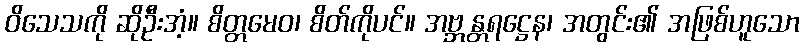
ဝိသေသကို ဆိုဦးအံ့။ စိတ္တမေဝ၊ စိတ်ကိုပင်။ အဗ္ဘန္တရဋ္ဌေန၊ အတွင်း၏ အဖြစ်ဟူသော